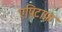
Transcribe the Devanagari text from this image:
एपिटाफ